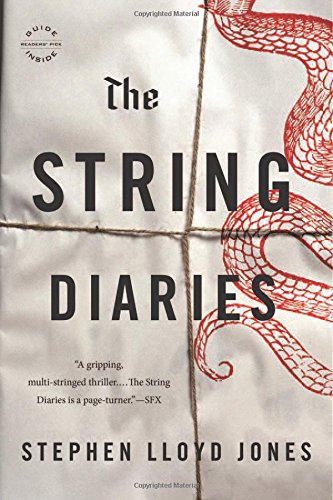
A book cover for The String Diaries; Stephen Lloyd Jones; Literature & Fiction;